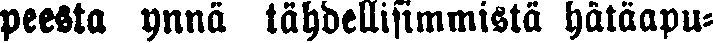
peesta ynnä tähdellisimmistä hätäapu-